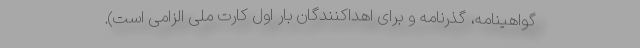
گواهینامه، گذرنامه و برای اهداکنندگان بار اول کارت ملی الزامی است).